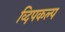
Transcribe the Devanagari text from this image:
व्दिपकल्प